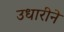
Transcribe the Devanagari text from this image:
उधारीने